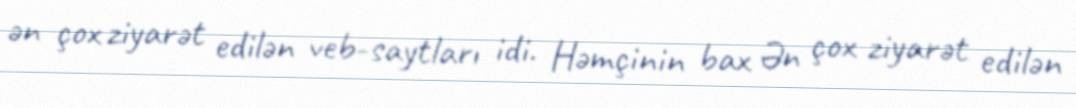
ən çox ziyarət edilən veb-saytları idi. Həmçinin bax Ən çox ziyarət edilən